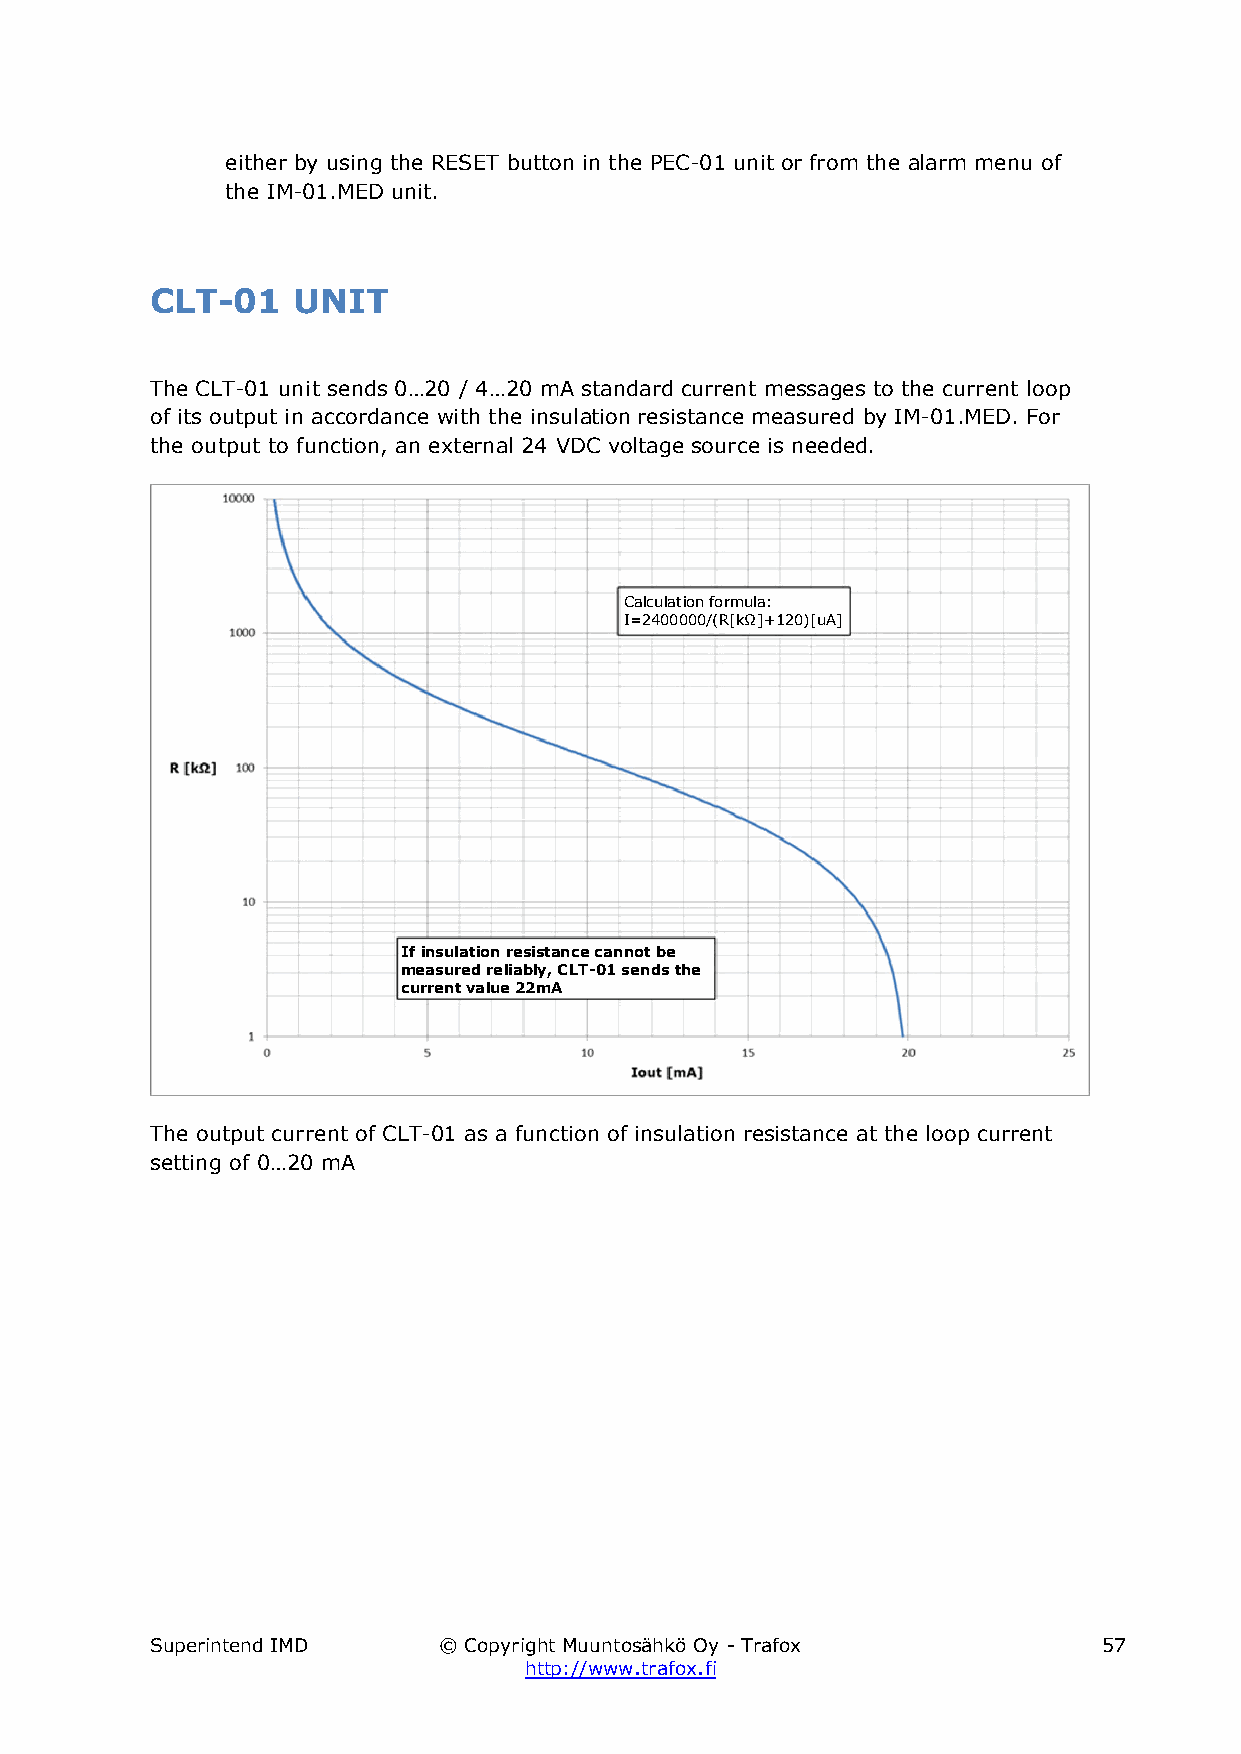
either by using the RESET button in the PEC-01 unit or from the alarm menu of
 the IM-01.MED unit.
 CLT-01   UNIT
 The CLT-01 unit sends 0…20 / 4…20 mA standard current messages to the current loop
 of its output in accordance with the insulation resistance measured by IM-01.MED. For
 the output to function, an external 24 VDC voltage source is needed.
 Calculation formula:
 I=2400000/(R[kΩ]+120)[uA]
 If insulation resistance cannot be
 measured reliably, CLT-01 sends the
 current value 22mA
 The output current of CLT-01 as a function of insulation resistance at the loop current
 setting of 0…20 mA
 Superintend IMD    © Copyright Muuntosähkö Oy - Trafox         57
 http://www.trafox.fi